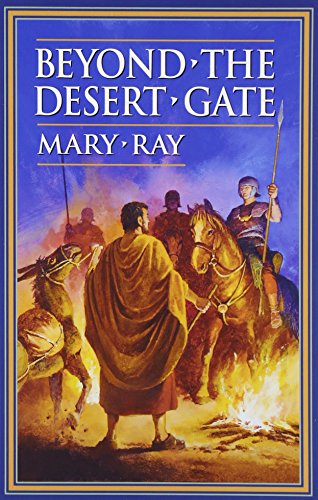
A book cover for Beyond the Desert Gate; Mary Ray; Teen & Young Adult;